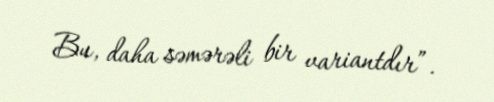
Bu, daha səmərəli bir variantdır”.